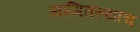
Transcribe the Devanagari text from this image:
सांगितल्याच